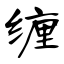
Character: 缠